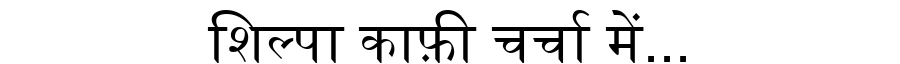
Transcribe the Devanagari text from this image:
शिल्पा काफ़ी चर्चा में...